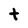
Character: t